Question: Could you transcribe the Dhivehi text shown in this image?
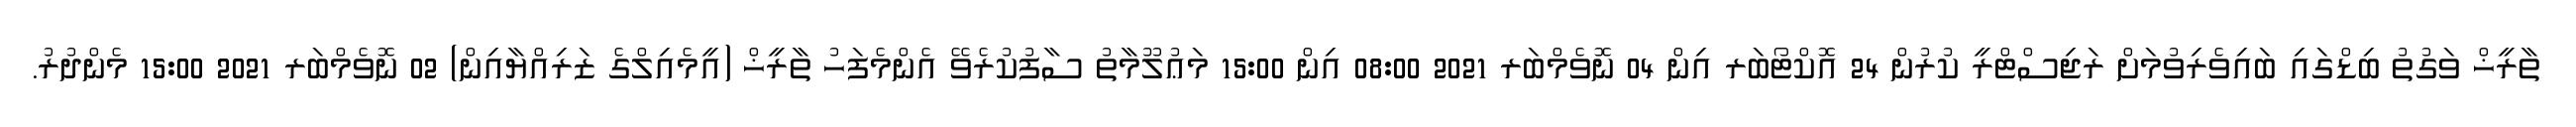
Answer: ތާރީޚް ވަގުތު ބިޑްގައި ބައިވެރިވުމަށް ރަޖިސްޓްރީ ކުރުން 24 އޮކްޓޯބަރ އިން 04 ނޮވެމްބަރ 2021 08:00 އިން 15:00 މަޢުލޫމާތު ސާފުކުރެވޭ އެންމެފަހު ތާރީޚް (އީމެއިލްގެ ޒަރިއްޔާއިން) 02 ނޮވެމްބަރ 2021 15:00 މެންދުރު.